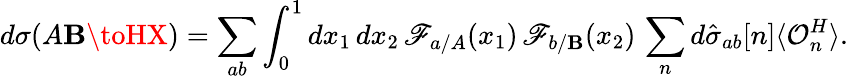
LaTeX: d\sigma(A\mathbf{B}\toHX)=\sum_{ab}\int_{0}^{1}dx_{1}\, dx_{2}\, \mathscr{F}_{a/A}(x_{1})\, \mathscr{F}_{b/\mathbf{B}}(x_{2})\, \sum_{n}d\hat{{\sigma}}_{ab}[n]\langle{\mathcal{O}}_{n}^{H}\rangle.